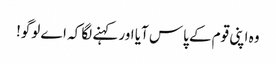
وہ اپنی قوم کے پاس آیا اور کہنے لگا کہ اے لوگو!